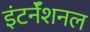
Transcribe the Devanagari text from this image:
इंटर्नॅशनल